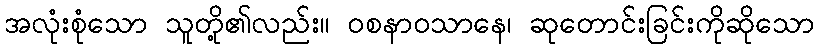
အလုံးစုံသော သူတို့၏လည်း။ ဝစနာဝသာနေ၊ ဆုတောင်းခြင်းကိုဆိုသော